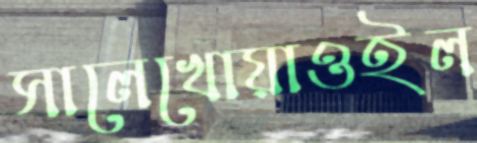
সালেখোয়াওইল